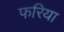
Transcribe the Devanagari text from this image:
फरिया